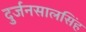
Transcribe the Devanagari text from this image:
दुर्जनसालसिंह